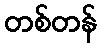
တစ်တန်